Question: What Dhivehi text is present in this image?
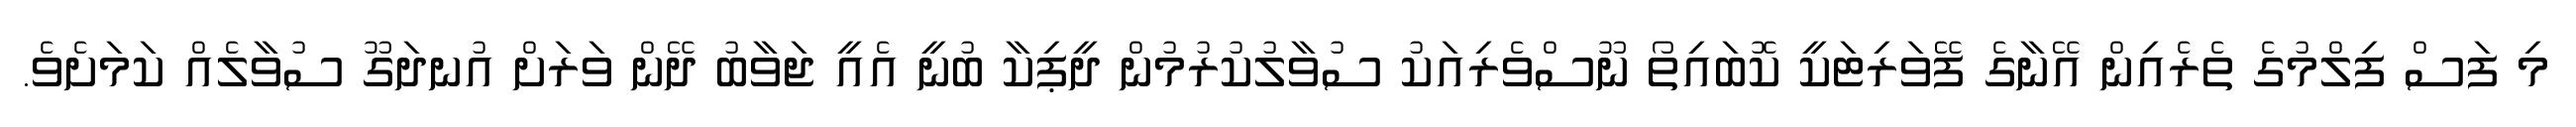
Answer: މި ފަސް ފިލްމުގެ ތެރެއިން އޭނާގެ ފޭވަރިޓަކީ ކޮބައިތޯ ނޫސްވެރިއަކު ސުވާލުކުރުމުން ދީޕިކާ ބުނީ އެއީ ޖަވާބު ދޭން ވަރަށް އުނދަގޫ ސުވާލެއް ކަމަށެވެ.